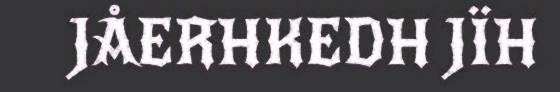
JÅERHKEDH JÏH